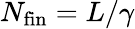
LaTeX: N_{\textnormal{fin}}=L/\gamma